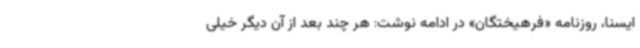
ایسنا، روزنامه «فرهیختگان» در ادامه نوشت: هر چند بعد از آن دیگر خیلی